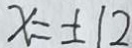
x = \pm 1 2